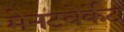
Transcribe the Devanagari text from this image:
मेनटवेर्केट